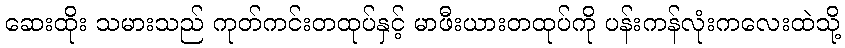
ဆေးထိုး သမားသည် ကုတ်ကင်းတထုပ်နှင့် မာဖီးယားတထုပ်ကို ပန်းကန်လုံးကလေးထဲသို့